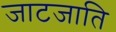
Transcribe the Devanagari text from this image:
जाटजाति